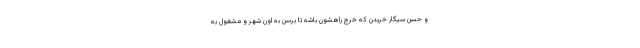
و حسن سيگار خريدن كه خرج راهشون باشه تا برسن به اون شهر و مشغول به